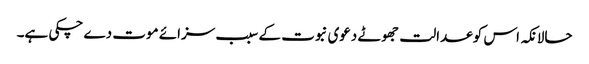
حالانکہ اس کو عدالت جھوٹے دعوی نبوت کے سبب سزائے موت دے چکی ہے۔